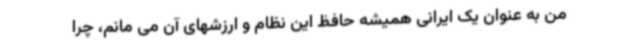
من به عنوان یک ایرانی همیشه حافظ این نظام و ارزشهای آن می مانم، چرا